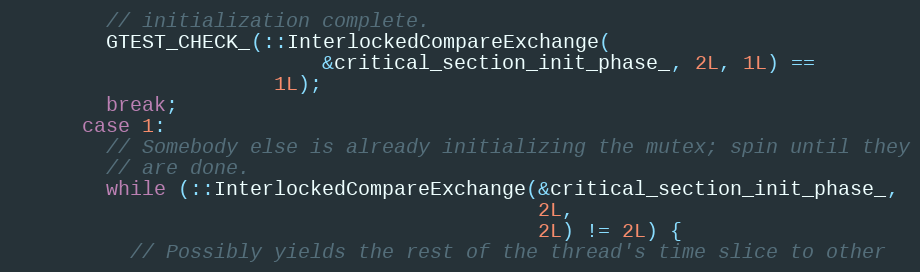
Language: C++
        // initialization complete.
        GTEST_CHECK_(::InterlockedCompareExchange(
                          &critical_section_init_phase_, 2L, 1L) ==
                      1L);
        break;
      case 1:
        // Somebody else is already initializing the mutex; spin until they
        // are done.
        while (::InterlockedCompareExchange(&critical_section_init_phase_,
                                            2L,
                                            2L) != 2L) {
          // Possibly yields the rest of the thread's time slice to other